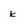
Character: k